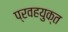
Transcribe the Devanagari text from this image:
प्रवहयुक्त